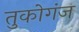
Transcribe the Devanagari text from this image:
तुकोगंज